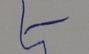
Signature authenticity: forged